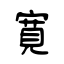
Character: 寛